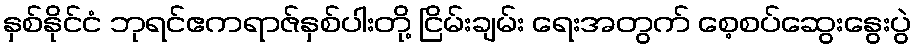
နှစ်နိုင်ငံ ဘုရင်ဧကရာဇ်နှစ်ပါးတို့ ငြိမ်းချမ်း ရေးအတွက် စေ့စပ်ဆွေးနွေးပွဲ